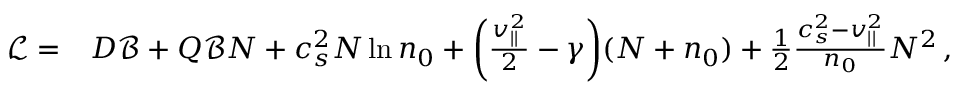
\begin{array} { r l } { \mathscr { L } = } & { { } D \mathscr { B } + Q \mathscr { B } N + c _ { s } ^ { 2 } N \ln n _ { 0 } + \bigg ( \frac { v _ { | | } ^ { 2 } } { 2 } - \gamma \bigg ) ( N + n _ { 0 } ) + \frac { 1 } { 2 } \frac { c _ { s } ^ { 2 } - v _ { | | } ^ { 2 } } { n _ { 0 } } N ^ { 2 } \, , } \end{array}